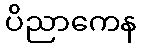
ပိညာကေန